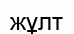
жұлт